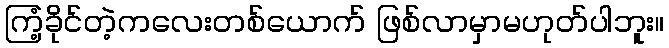
ကြံ့ခိုင်တဲ့ကလေးတစ်ယောက် ဖြစ်လာမှာမဟုတ်ပါဘူး။